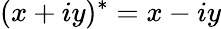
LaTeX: (x+iy)^{*}=x-iy